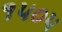
૧૫૦૫